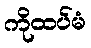
ကိုထပ်မံ